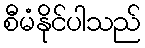
စီမံနိုင်ပါသည်